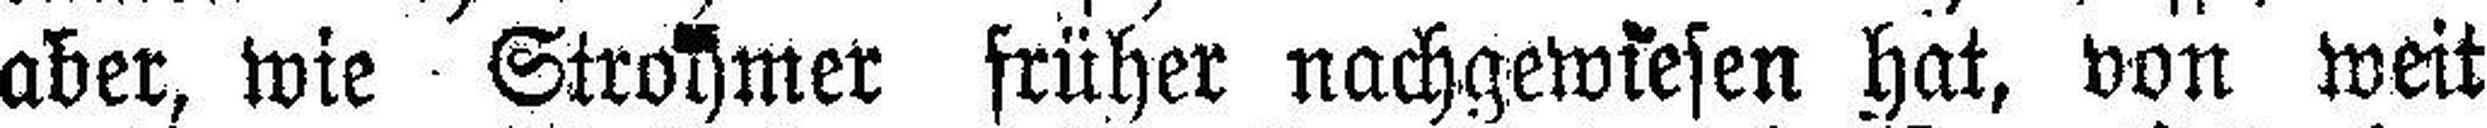
aber, wie Strohmer früher nachgewiesen hat, von weit